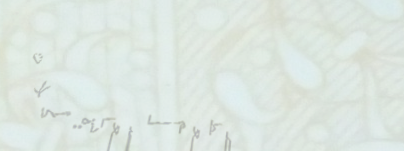
مطعم السعادة: أكلات منزلي